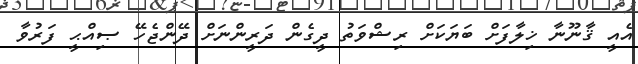
އެއީ ޤާނޫނާ ޚިލާފަށް ބަޔަކަށް ރިޝްވަތު ދީގެން ދަރީންނަށް ދޭންޖެހޭ ޞިއްޙީ ފަރުވާ